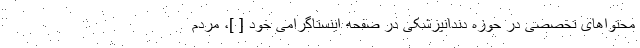
محتواهای تخصصی در حوزه دندانپزشکی در صفحه اینستاگرامی خود [ ]، مردم